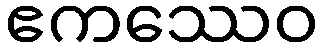
ဧကဿေဝ